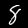
Digit: 8